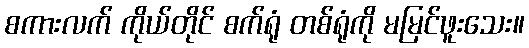
စကားလက် ကိုယ်တိုင် စက်ရုံ တစ်ရုံကို မမြင်ဖူးသေး။